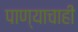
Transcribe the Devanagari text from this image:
पाण्‍याचाही